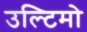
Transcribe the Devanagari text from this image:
उल्टिमो